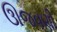
ઊજવણી